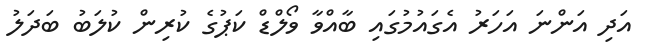
އަދި އަންނަ އަހަރު އެގައުމުގައި ބާއްވާ ވޯލްޑް ކަޕުގެ ކުރިން ކުލަބު ބަދަލު